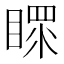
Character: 𥉀